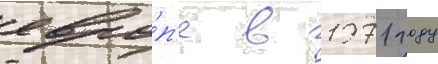
евро́п'е в 1971 году